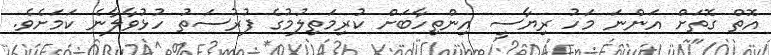
އޮތް ގޮތަށް އަންނަ މަހު ރިޔާސީ އިންތިހާބަށް ކުރިމަތިލުމުގެ ފުރުސަތު ހުޅުވާލާނެ ކަމަށެވެ.